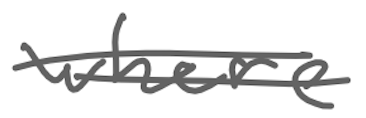
Text: where
Cross-out: double-line
Writing tool: digital_gray